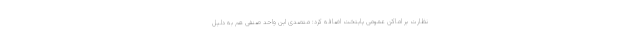
نظارت بر اماکن عمومی پایتخت اضافه کرد: متصدی این واحد صنفی هم به دلیل